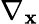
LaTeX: \nabla_{\mathbf{x}}